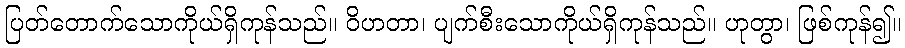
ပြတ်တောက်သောကိုယ်ရှိကုန်သည်။ ဝိဟတာ၊ ပျက်စီးသောကိုယ်ရှိကုန်သည်။ ဟုတွာ၊ ဖြစ်ကုန်၍။